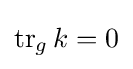
\operatorname {tr} _{g}k=0